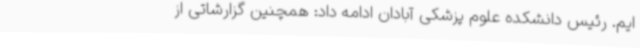
ایم. رئیس دانشکده علوم پزشکی آبادان ادامه داد: همچنین گزارشاتی از